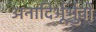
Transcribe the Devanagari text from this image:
अनादिर्भूर्भुवो